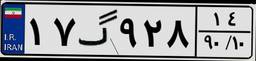
۱۷گ۹۲۸۱۴